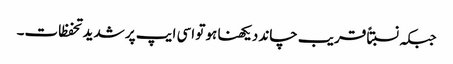
جبکہ نسبتاً قریب چاند دیکھنا ہو تو اسی ایپ پر شدید تحفظات۔